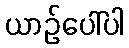
ယာဉ်ပေါ်ပါ